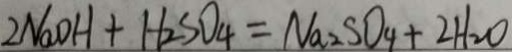
2 N a O H + H _ { 2 } S O _ { 4 } = N a _ { 2 } S O _ { 4 } + 2 H _ { 2 } O